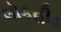
લૉકહીડ